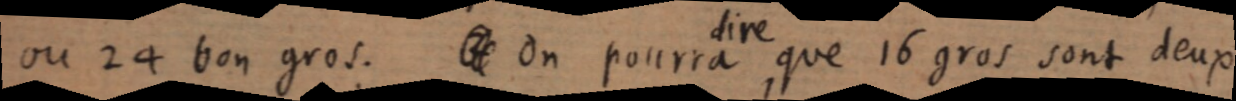
ou 24 bon gros. & On pourra que 16 gros sont deux